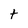
Character: t